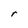
Character: r